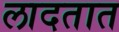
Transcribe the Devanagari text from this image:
लादतात